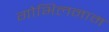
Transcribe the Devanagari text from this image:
गोभिलनाम